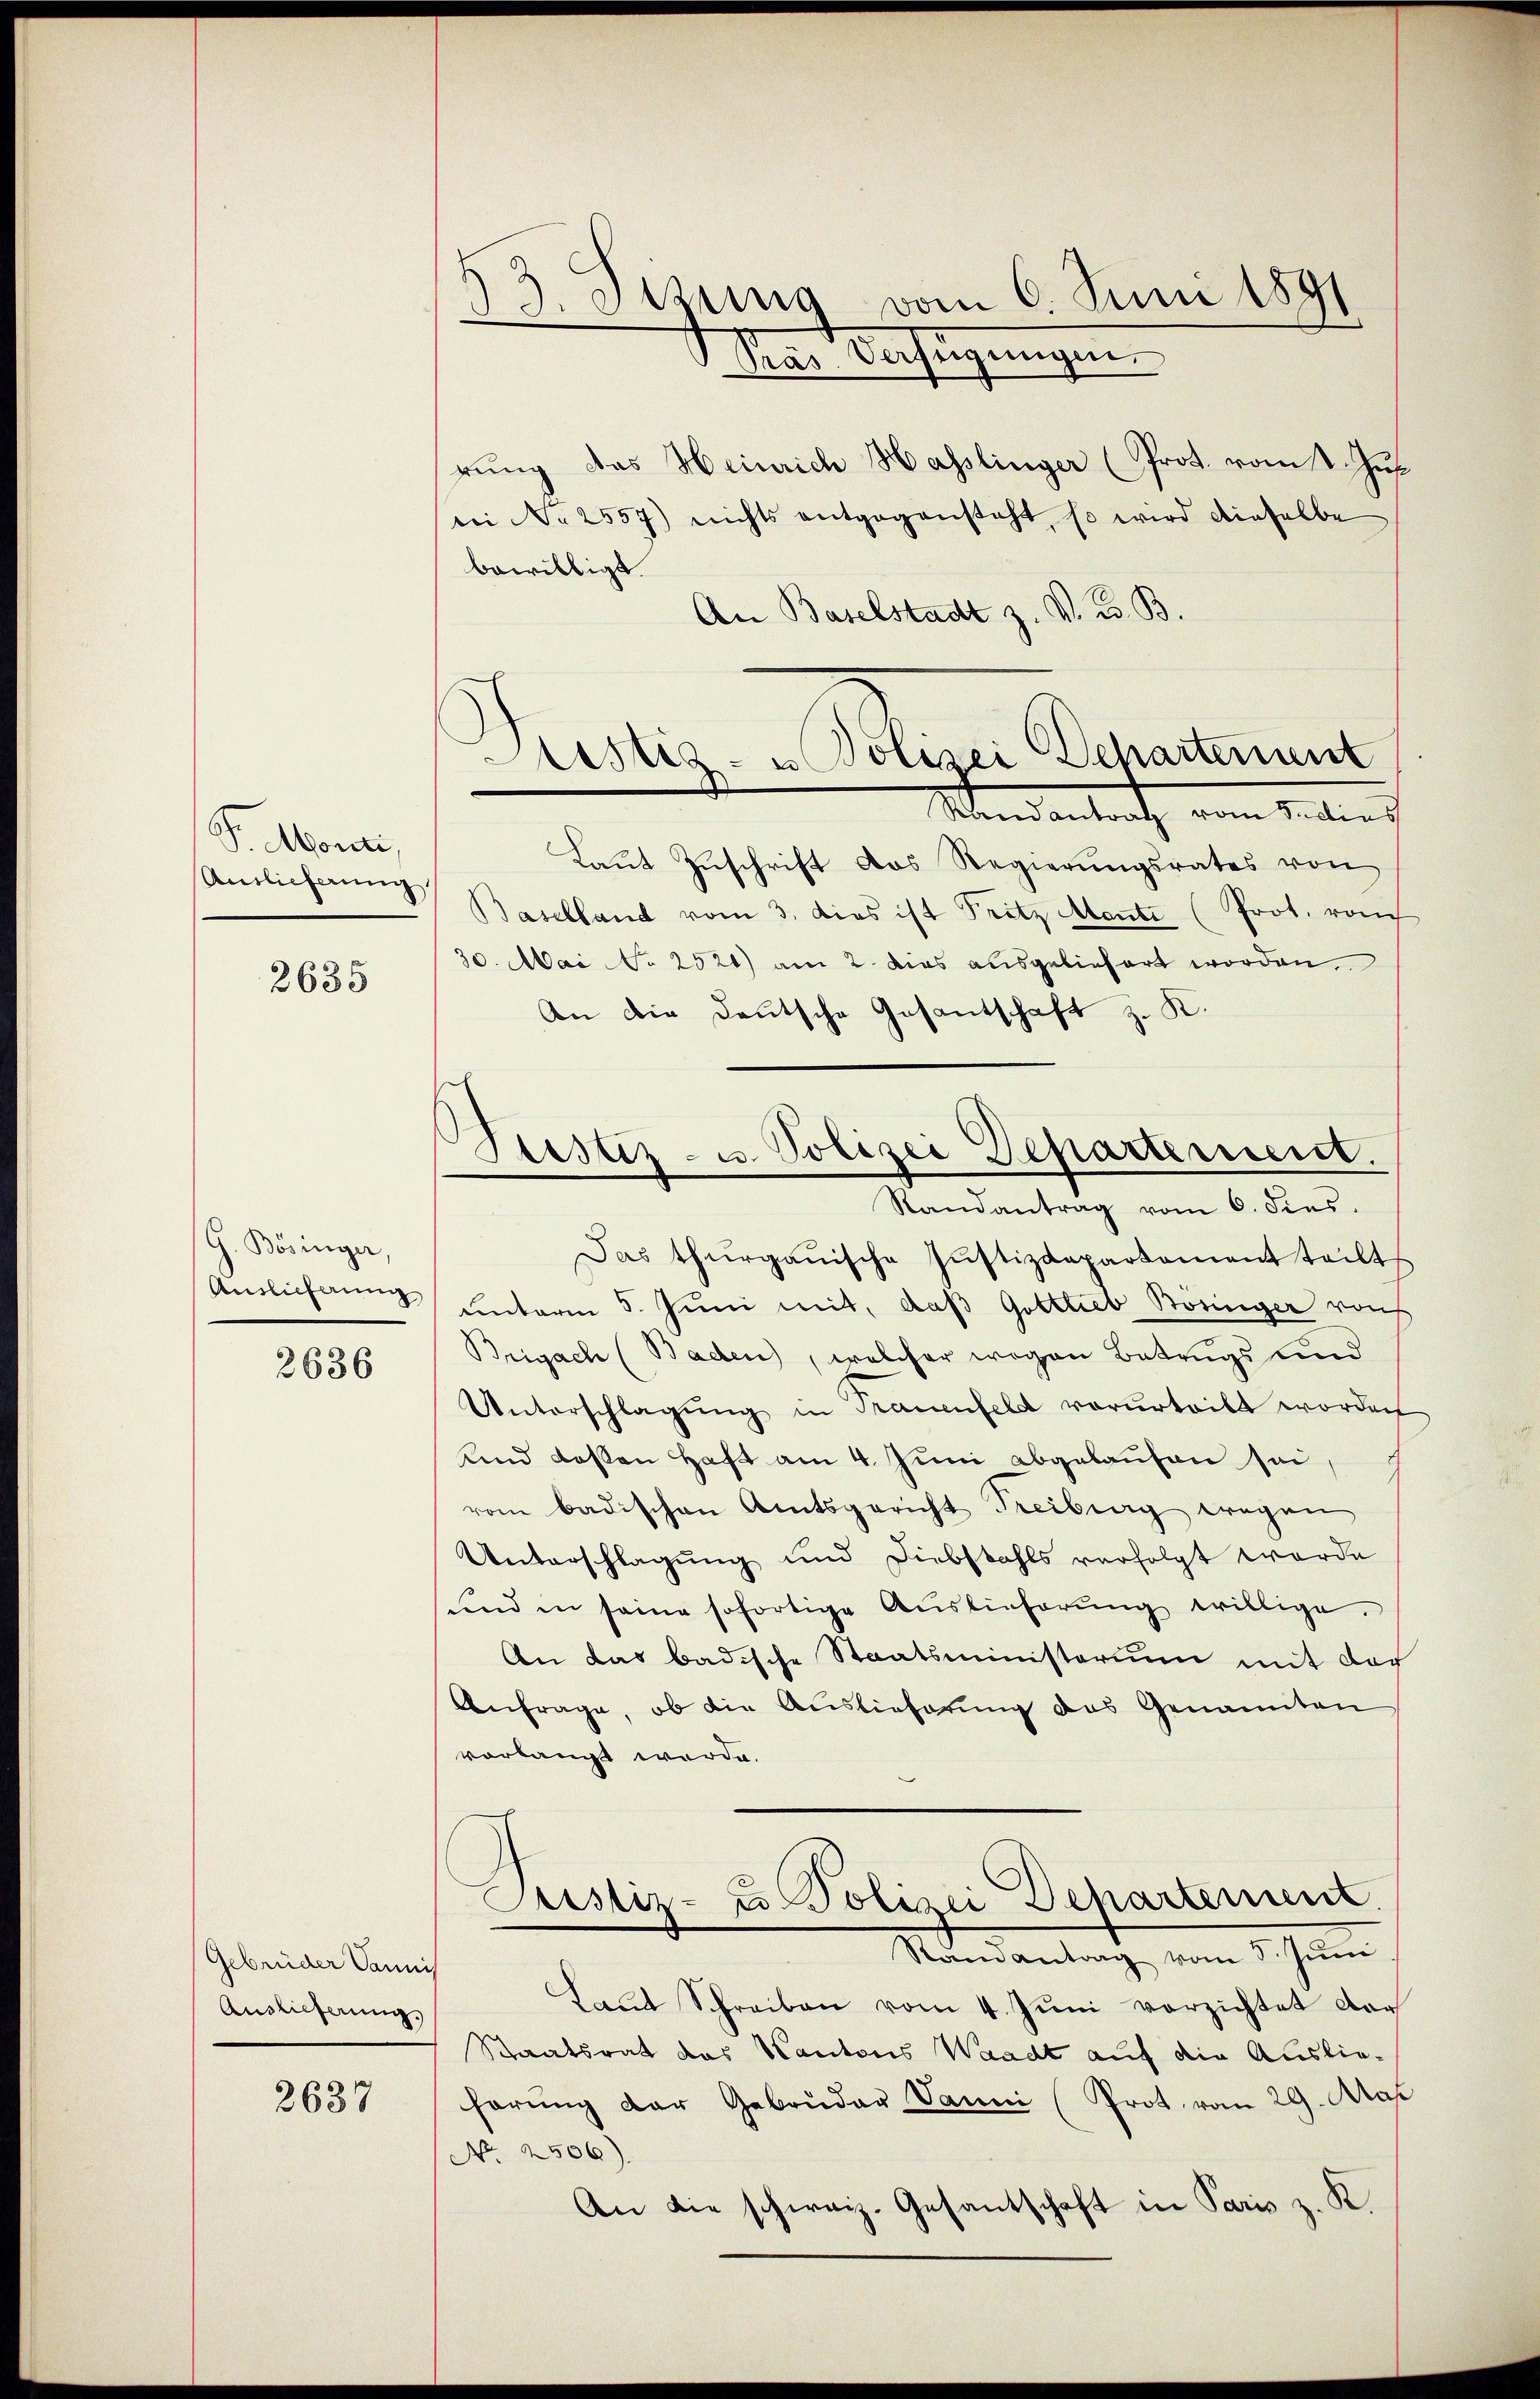
P. Monti,
Auslieferung

2635

G. Bösinger,
Auslieferung

2636

Gebrüder Vannis
Auslieferung.

2637

§ 3. Sizung vom 6. Juni 1891
Pras Verfügungen.

rung das Heinrich Hasslinger (Prot. vom t Jus
bei No 2557) nichts entgegensteht, so wird dieselbe
bewilligt.
An Baselstadt z. V. B. B.
Mandantrath, vom 3. der
Laŭt Zŭschrift das Regierŭngsrates von
Baselland vom 3. dies ist Fritz Mante (Prot. rauch
30. Mai No 2521) am 2. dies ausgeliefert worden.
An die deutsche Gesantschaft z. K.
Randantrag vom 6. dies.
Das thurgauische Justizdepartament teilt
unterm 5. Juni mit, daß Gottlieb Bösinger von
Brigach (Baden, welcher wegen Betrugs und
Unterschlagung in Trauenfeld vorurteilt worden
Kind deßen Haft am 4. Juni abgelaufen sei,
rom badischen Amtsgericht Freiburg wegen
Unterschlagung und Diebstahls verfolgt worde
und in seine sofortige Auslieferung willige.
An das badische Staatsministerium mit der
Anfrage, ob die Auslieferung des Genannten
vorlangt werde.
Justiz- u Polizei Departement.
Mandantag vom 5. Juni
Laut Schreiben vom 4. Juni verzichtet der
Staatsrat des Kantons Waadt auf die Ausliehörung der Gebrüder Vanni (Prot. vom 29. Maß
No. 2506).
An die schweiz. Gesantschaft in Paris z. K.

Prestiz- u Polizei Schartenunt

Justiz- u. Polizei Departement.